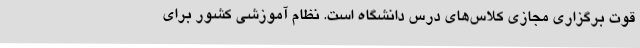
قوت برگزاری مجازی کلاس‌های درس دانشگاه است. نظام آموزشی کشور برای